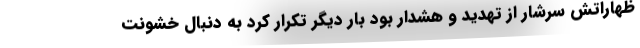
ظهاراتش سرشار از تهدید و هشدار بود بار دیگر تکرار کرد به دنبال خشونت